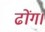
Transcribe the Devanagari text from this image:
ढोंग।